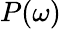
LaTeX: P(\omega)